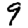
Digit: 9